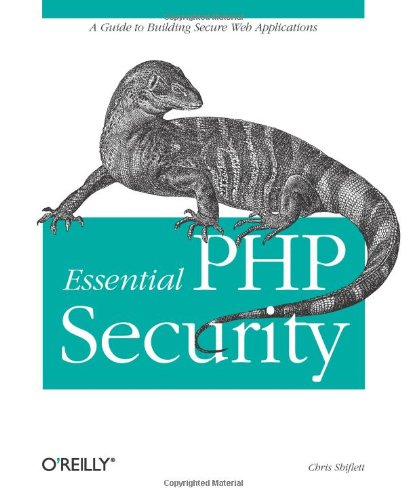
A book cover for Essential PHP Security; Chris Shiflett; Computers & Technology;